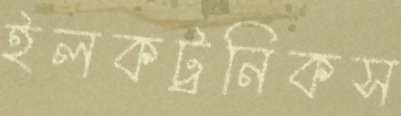
ইলকট্রনিকস